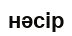
нәсір